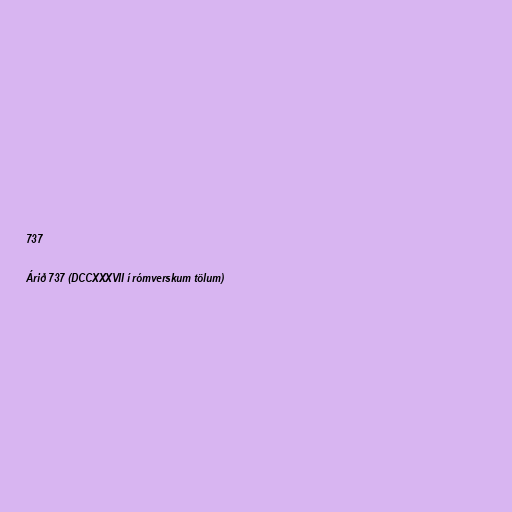
737

Árið 737 (DCCXXXVII í rómverskum tölum)